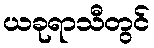
ယခုရာသီတွင်